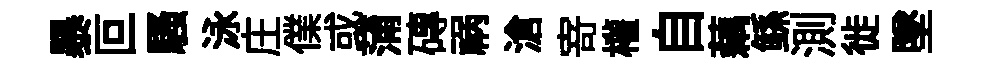
暴叵騷泳庄㒒或蒲磚祸滄𭔃權自藕鲧測徙墜